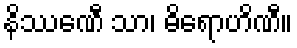
နိဿေဏီ သာ၊ ဓိရောဟိဏီ။